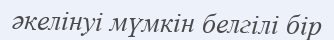
әкелінуі мүмкін белгілі бір